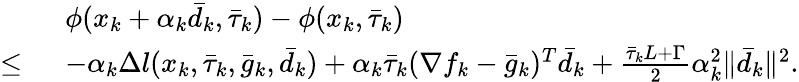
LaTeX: \begin{array}{rl}&{\phi(x_{k}+\alpha_{k}\bar{d}_{k},\bar{\tau}_{k})-\phi(x_{k},\bar{\tau}_{k})}\\ {\leq\ }&{-\alpha_{k}\Delta l(x_{k},\bar{\tau}_{k},\bar{g}_{k},\bar{d}_{k})+\alpha_{k}\bar{\tau}_{k}(\nabla f_{k}-\bar{g}_{k})^{T}\bar{d}_{k}+\frac{\bar{\tau}_{k}L+\Gamma}{2}\alpha_{k}^{2}\| \bar{d}_{k}\| ^{2}.}\end{array}